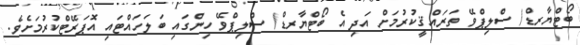
ބޯޓްޔާރޑް/ ސްލިޕްވޭ ތަރައްޤީކުރުމަށް އަދި އެ ބޯޓްޔާރޑް/ ސްލިޕްވޭ ހިންގައި ބަލަހައްޓައި އޮޕަރޭޓްކުރުމަށެވެ.